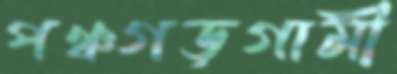
পঞ্চগড়গামী